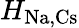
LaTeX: H_{\mathrm{Na,Cs}}